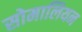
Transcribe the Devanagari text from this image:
सोमालियन